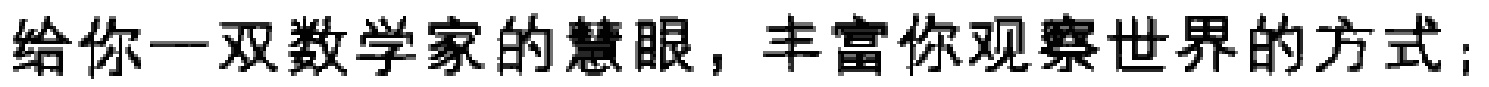
给你一双数学家的慧眼，丰富你观察世界的方式；